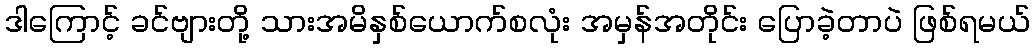
ဒါကြောင့် ခင်ဗျားတို့ သားအမိနှစ်ယောက်စလုံး အမှန်အတိုင်း ပြောခဲ့တာပဲ ဖြစ်ရမယ်